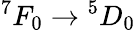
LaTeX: ^7F_{0}\to{}^{5}D_{0}